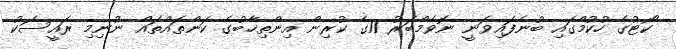
ކޯޓުގެ ހުކުމްގައި ބުނެފައިވަނީ ނޮވެމްބަރު 11ގެ ކުރިން އިންތިޚާބުގެ ކަންތައްތައް ނުނިމި ރައީސަކު